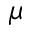
\mu